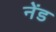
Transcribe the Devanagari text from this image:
नेंड